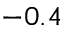
- 0 . 4